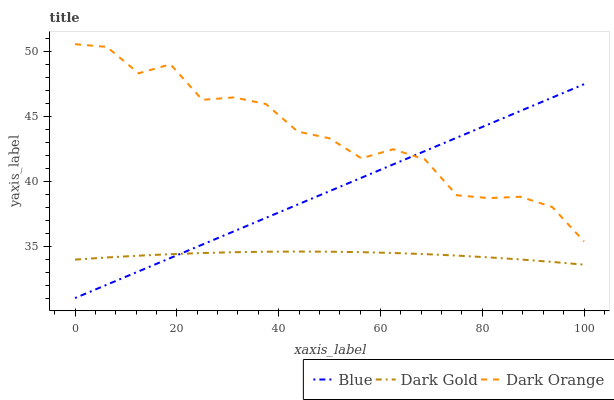
| xaxis_label | Blue | Dark Gold | Dark Orange |
 | --- | --- | --- | --- |
 | 0 | 31 | 34 | 50.6 |
 | 6.25 | 32 | 34.1 | 50.4 |
 | 12.5 | 33.1 | 34.3 | 48.3 |
 | 18.8 | 34.1 | 34.4 | 49 |
 | 25 | 35.1 | 34.5 | 46.3 |
 | 31.2 | 36.2 | 34.5 | 46.5 |
 | 37.5 | 37.2 | 34.6 | 46 |
 | 43.8 | 38.2 | 34.6 | 43.8 |
 | 50 | 39.2 | 34.6 | 43.3 |
 | 56.2 | 40.3 | 34.5 | 41.8 |
 | 62.5 | 41.3 | 34.5 | 42.5 |
 | 68.8 | 42.3 | 34.4 | 41.7 |
 | 75 | 43.4 | 34.3 | 38.9 |
 | 81.2 | 44.4 | 34.1 | 38.7 |
 | 87.5 | 45.4 | 34 | 38.8 |
 | 93.8 | 46.5 | 33.8 | 38 |
 | 100 | 47.5 | 33.6 | 35.4 |